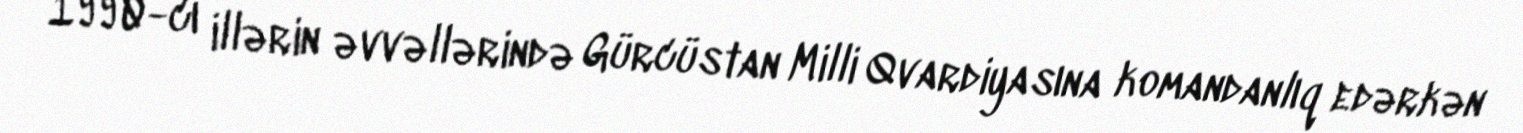
1990-cı illərin əvvəllərində Gürcüstan Milli Qvardiyasına komandanlıq edərkən